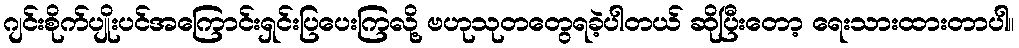
ဂျင်းစိုက်ပျိုးပင်အကြောင်းရှင်းပြပေးကြလို့ ဗဟုသုတတွေရခဲ့ပါတယ် ဆိုပြီးတော့ ရေးသားထားတာပါ။